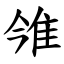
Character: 雂